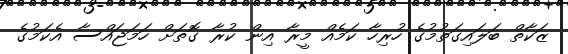
ޒަކާތް ބަލައިގަތުމުގެ ހުރިހާ ކަމެއް މީރާ އިން ކުރާ ގޮތަށް ހަމަޖައްސާ އެކަމުގެ